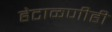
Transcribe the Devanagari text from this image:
हेटाळणीही